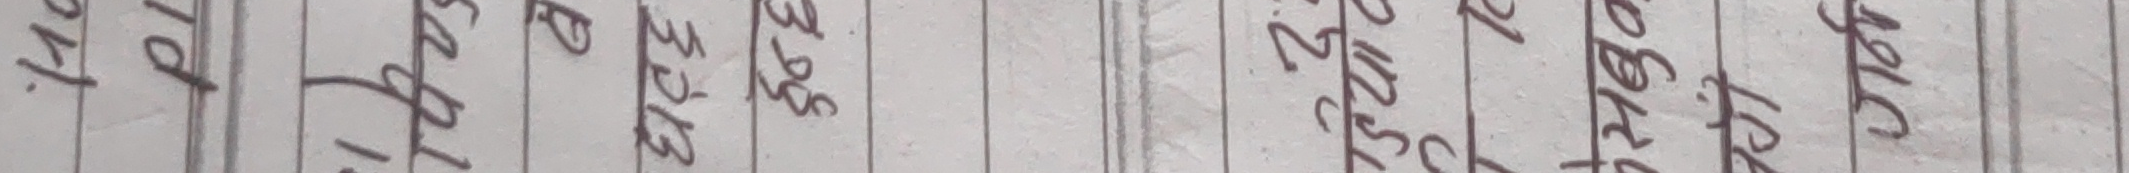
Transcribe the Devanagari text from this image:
लिंग भेग भेज भेजा भेडा भेट भेद भेष भोलि भोग भाङ भाका भाडा भाव भाग्य भाष